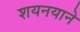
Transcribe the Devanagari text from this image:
शयनयाने